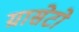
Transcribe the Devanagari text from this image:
ग्रासेटो